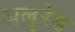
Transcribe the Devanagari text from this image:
अलुरेड